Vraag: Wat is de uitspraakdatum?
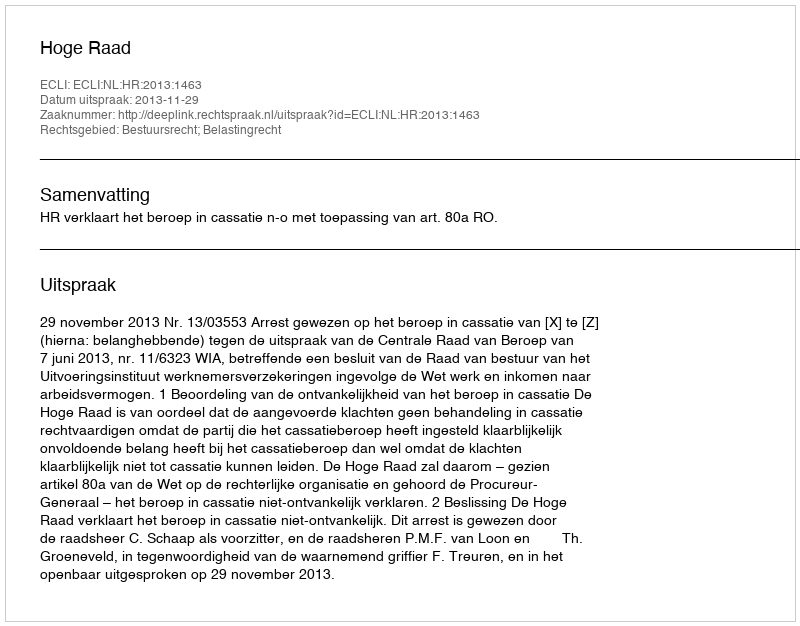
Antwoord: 2013-11-29